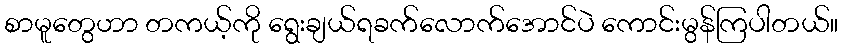
စာမူတွေဟာ တကယ့်ကို ရွေးချယ်ရခက်လောက်အောင်ပဲ ကောင်းမွန်ကြပါတယ်။